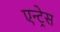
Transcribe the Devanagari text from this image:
एन्ट्रेस